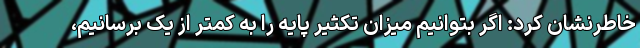
خاطرنشان کرد: اگر بتوانیم میزان تکثیر پایه را به کمتر از یک برسانیم،